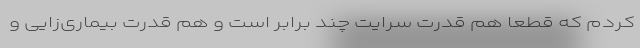
کردم که قطعاً هم قدرت سرایت چند برابر است و هم قدرت بیماری‌‌زایی و